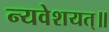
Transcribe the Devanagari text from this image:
न्यवेशयत्॥